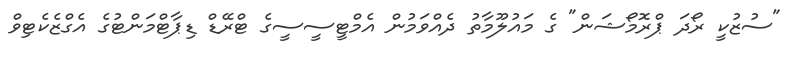
"ސުޒުކީ ރޯދަ ޕްރޮމޯޝަން" ގެ މައުލޫމާތު ދެއްވަމުން އެމްޓީސީސީގެ ޓްރޭޑް ޑިޕާޓްމަންޓުގެ އެގްޒެކެޓިވް